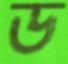
ড